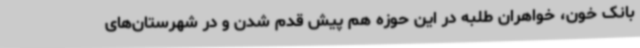
بانک خون، خواهران طلبه در این حوزه هم پیش قدم شدن و در شهرستان‌های